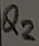
Text: Q2